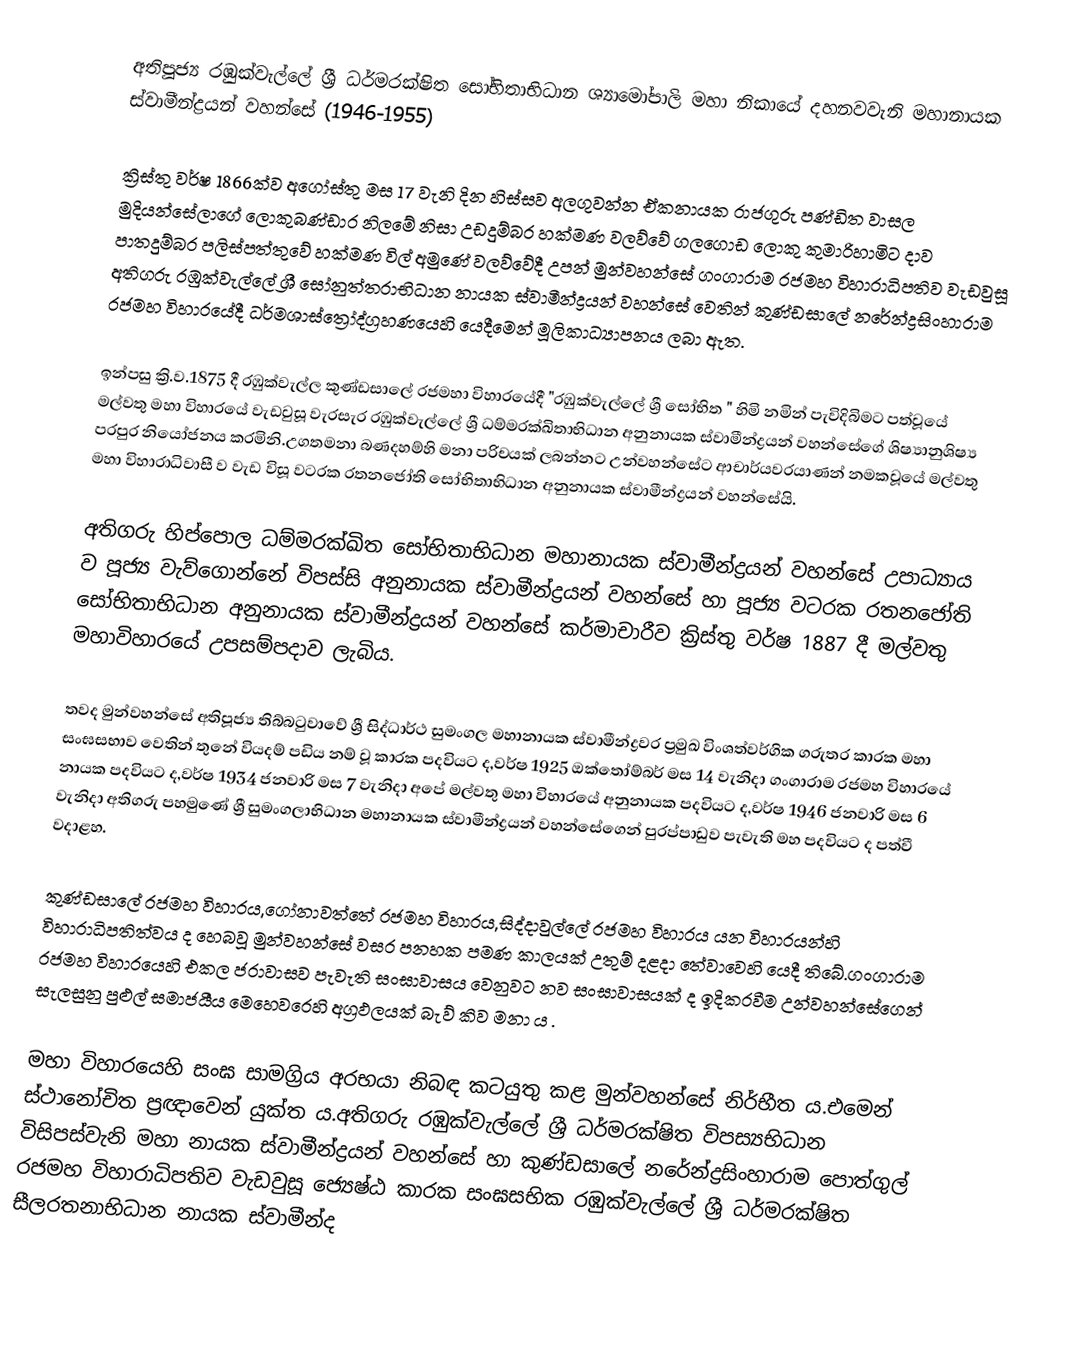
අතිපූජ්‍ය රඹුක්වැල්ලේ ශ්‍රී ධර්මරක්ෂිත සෝභිතාභිධාන ශ්‍යාමෝපාලි මහා නිකායේ දහනවවැනි මහානායක ස්වාමීන්ද්‍රයන් වහන්සේ (1946-1955)

ක්‍රිස්තු වර්ෂ   1866ක්ව අගෝස්තු මස 17 වැනි දින හිස්සව අලගුවන්න ඒකනායක රාජගුරු පණ්ඩිත වාසල මුදියන්සේලාගේ ලොකුබණ්ඩාර නිලමේ නිසා උඩදුම්බර හක්මණ වලව්වේ ගලගොඩ ලොකු කුමාරිහාමිට දාව පාතදුම්බර පලිස්පත්තුවේ හක්මණ විල් අමුණේ වලව්වේදී උපන් මුන්වහන්සේ ගංගාරාම රජමහ විහාරාධිපතිව වැඩවුසූ අතිගරු රඹුක්වැල්ලේ ශ්‍රී සෝනුත්තරාභිධාන නායක ස්වාමීන්ද්‍රයන් වහන්සේ වෙතින්  කුණ්ඩසාලේ නරේන්ද්‍රසිංහාරාම රජමහ විහාරයේදී ධර්මශාස්ත්‍රෝද්ග්‍රහණයෙහි යෙදීමෙන් මූලිකාධ්‍යාපනය ලබා ඇත.

ඉන්පසු ක්‍රි.ව.1875 දී රඹුක්වැල්ල කුණ්ඩසාලේ ‍රජමහා විහාරයේදී "රඹුක්වැල්ලේ ශ්‍රී සෝභිත " හිමි නමින් පැවිදිබිමට පත්වූයේ   මල්වතු මහා විහාරයේ වැඩවුසූ වැරසැර රඹුක්වැල්ලේ ශ්‍රී ධම්මරක්ඛිතාභිධාන අනුනායක ස්වාමීන්ද්‍රයන් වහන්සේගේ ශිෂ්‍යානුශිෂ්‍ය පරපුර නියෝජනය කරමිනි.උගතමනා බණදහම්හි මනා පරිචයක් ලබන්නට උන්වහන්සේට ආචාර්යවරයාණන් නමකවූයේ  මල්වතු මහා විහාරාධිවාසී ව වැඩ විසූ වටරක රතනජෝති සෝභිතාභිධාන අනුනායක ස්වාමීන්ද්‍රයන් වහන්සේයි.

අතිගරු හිප්පොල ධම්මරක්ඛිත සෝභිතාභිධාන මහානායක ස්වාමීන්ද්‍රයන් වහන්සේ උපාධ්‍යාය ව පූජ්‍ය වැව්ගොන්නේ විපස්සි අනුනායක ස්වාමීන්ද්‍රයන් වහන්සේ හා පූජ්‍ය වටරක රතනජෝති සෝභිතාභිධාන අනුනායක ස්වාමීන්ද්‍රයන් වහන්සේ කර්මාචාරීව ක්‍රිස්තු වර්ෂ 1887 දී මල්වතු මහාවිහාරයේ උපසම්පදාව ලැබිය.

තවද මුන්වහන්සේ අතිපූජ්‍ය තිබ්බටුවාවේ ශ්‍රී සිද්ධාර්ථ සුමංගල මහානායක ස්වාමීන්ද්‍රවර ප්‍රමුඛ විංශත්වර්ගික ගරුතර කාරක මහා සංඝසභාව වෙතින් තුනේ වියදම් පඩිය නම් වූ කාරක පදවියට ද,වර්ෂ 1925 ඔක්තෝම්බර් මස 14 වැනිදා ගංගාරාම රජමහ විහාරයේ නායක පදවියට ද,වර්ෂ 1934 ජනවාරි මස 7 වැනිදා අපේ මල්වතු මහා විහාරයේ අනුනායක පදවියට ද,වර්ෂ 1946 ජනවාරි මස 6 වැනිදා අතිගරු පහමුණේ ශ්‍රී සුමංගලාභිධාන මහානායක ස්වාමීන්ද්‍රයන් වහන්සේගෙන් පුරප්පාඩුව පැවැති මහ පදවියට ද පත්වී වදාළහ. 

කුණ්ඩසාලේ රජමහ විහාරය,ගෝනාවත්තේ රජමහ විහාරය,සිද්දාවුල්ලේ රජමහ විහාරය යන විහාරයන්හි විහාරාධිපතිත්වය ද හෙබවූ මුන්වහන්සේ වසර පනහක පමණ කාලයක් උතුම් දළදා තේවාවෙහි යෙදී තිබේ.ගංගාරාම රජමහ විහාරයෙහි එකල ජරාවාසව පැවැති සංඝාවාසය වෙනුවට නව සංඝාවාසයක් ද ඉදිකරවීම උන්වහන්සේගෙන් සැලසුනු පුළුල් සමාජයීය මෙහෙවරෙහි අග්‍රඵලයක් බැව් කිව මනා ය .

මහා විහාරයෙහි සංඝ සාමග්‍රිය අරභයා නිබඳ කටයුතු කළ මුන්වහන්සේ නිර්භීත ය.එමෙන් ස්ථානෝචිත ප්‍රඥාවෙන් යුක්ත ය.අතිගරු රඹුක්වැල්ලේ ශ්‍රී ධර්මරක්ෂිත විපස්‍යභිධාන විසිපස්වැනි මහා නායක ස්වාමීන්ද්‍රයන් වහන්සේ හා කුණ්ඩසාලේ නරේන්ද්‍රසිංහාරාම පොත්ගුල් රජමහ විහාරාධිපතිව වැඩවුසූ ජ්‍යෙෂ්ඨ කාරක සංඝසභික රඹුක්වැල්ලේ ශ්‍රී ධර්මරක්ෂිත සීලරතනාභිධාන නායක ස්වාමීන්ද